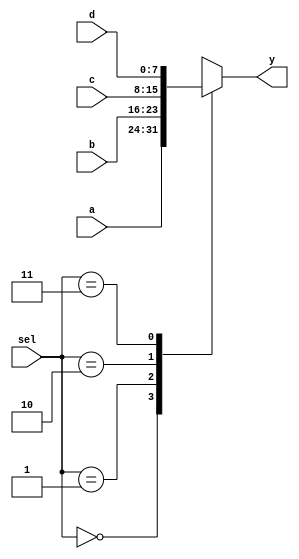
module mux_4xnbit (a,b,c,d,sel,y);

parameter n = 8;
input [n-1:0]a,b,c,d;
input [1:0]sel;
output reg [n-1:0]y;

always @(*) begin
    case (sel)
        2'b00: y=a;
        2'b01: y=b;
        2'b10: y=c;
        2'b11: y=d; 
        default: y=2'dx;
    endcase
    
end
    
endmodule